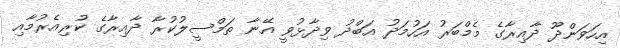
އިހަވަންދޫ ދާއިރާގެ މެމްބަރު އަހުމަދު އަބްދު ވިދާޅުވީ އޭނާ ތަމްސީލުކުރާ ދާއިރާގެ ކުރިއެރުމާއި